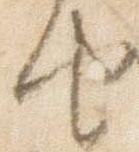
由